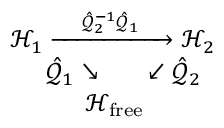
\begin{array} { r } { \mathcal { H } _ { 1 } \xrightarrow { \; \; \; \; \; \hat { \mathcal { Q } } _ { 2 } ^ { - 1 } \hat { \mathcal { Q } } _ { 1 } \; \; \; \; \; } \mathcal { H } _ { 2 } } \\ { \hat { \mathcal { Q } } _ { 1 } \searrow \; \; \; \; \; \; \; \swarrow \hat { \mathcal { Q } } _ { 2 } \; \; } \\ { \mathcal { H } _ { \mathrm { f r e e } } \; \; \; \; \; \; \; \; \; \; } \end{array}